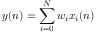
y ( n ) = \sum _ { i = 0 } ^ { N } w _ { i } x _ { i } ( n )